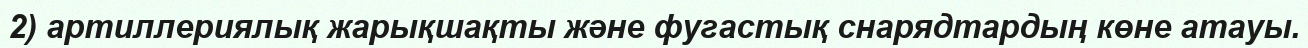
2) артиллериялық жарықшақты және фугастық снарядтардың көне атауы.